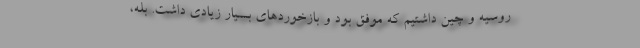
روسیه و چین داشتیم که موفق بود و بازخوردهای بسیار زیادی داشت. بله،